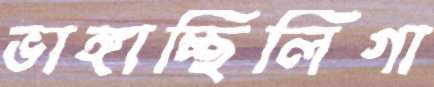
ভাঙ্গাচ্ছিলিগা